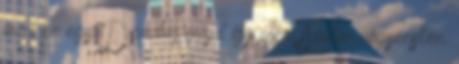
már ez egy Darabig majd így mén: Azután négyecskén.